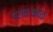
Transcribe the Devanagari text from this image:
प्रातःकाळ